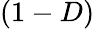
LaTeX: (1-D)